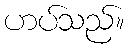
ဟပ်သည်။